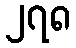
၂၇၈